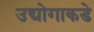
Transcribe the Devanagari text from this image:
उद्योगाकडे